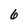
Character: 6